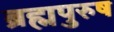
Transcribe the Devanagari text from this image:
ब्रह्मपुरुष